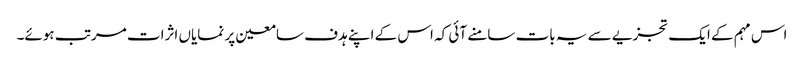
اس مہم کے ایک تجزیے سے یہ بات سامنے آئی کہ اس کے اپنے ہدف سامعین پر نمایاں اثرات مرتب ہوئے۔